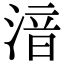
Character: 湆